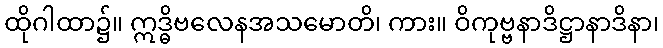
ထိုဂါထာ၌။ ဣဒ္ဓိဗလေနအသမောတိ၊ ကား။ ဝိကုဗ္ဗနာဒိဋ္ဌာနာဒိနာ၊